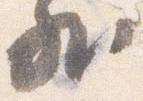
外